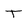
Character: T